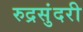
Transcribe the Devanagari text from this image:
रुद्रसुंदरी